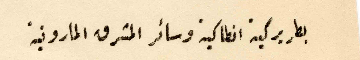
بطريركية انطاكية وسائر المشرق المارونية